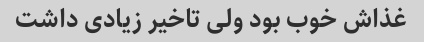
غذاش خوب بود ولی تاخیر زیادی داشت